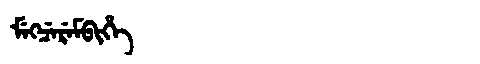
Manchu: ᠮᡝᡴᠴᡝᡵᡝᠮᠪᡳᡥᡝ
Romanization: MEKCEREMBIHE